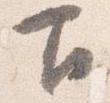
下